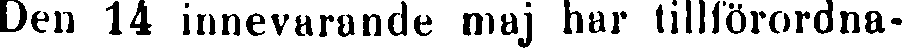
Den 14 innevarande maj har tillförordna-